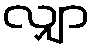
လျှာ